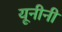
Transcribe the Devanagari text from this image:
यूनीनी